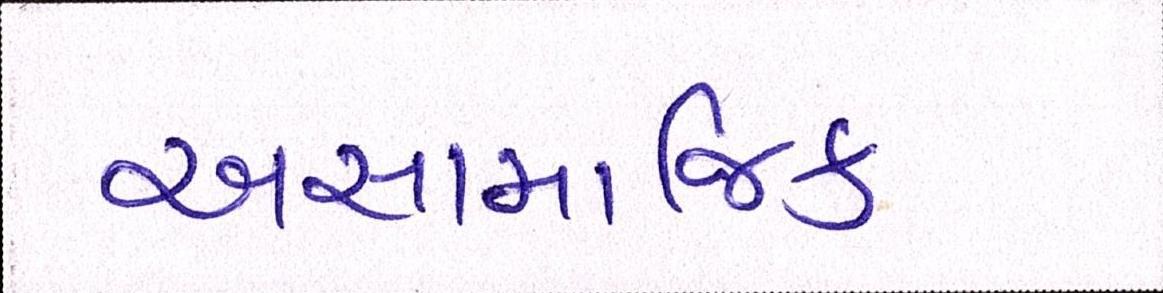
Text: અસામાજિક